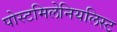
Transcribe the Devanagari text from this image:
पोस्टमिलेनियलिस्ट